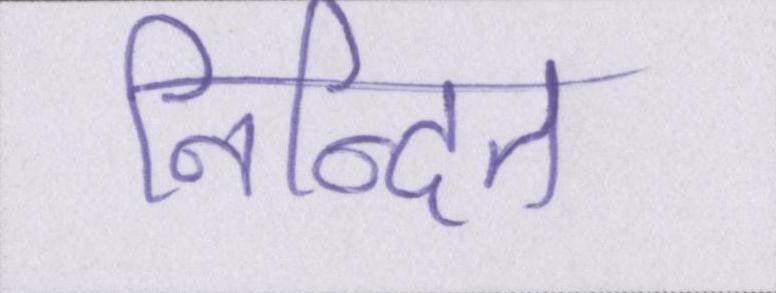
निन्दित